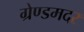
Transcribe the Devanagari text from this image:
ग्रेण्डमदर